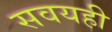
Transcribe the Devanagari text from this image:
सवयही